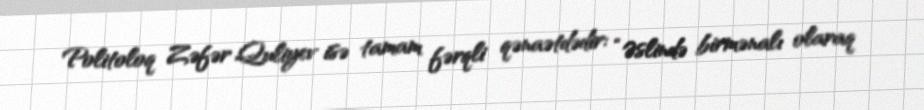
Politoloq Zəfər Quliyev isə tamam fərqli qənaətdədir: “Əslində birmənalı olaraq